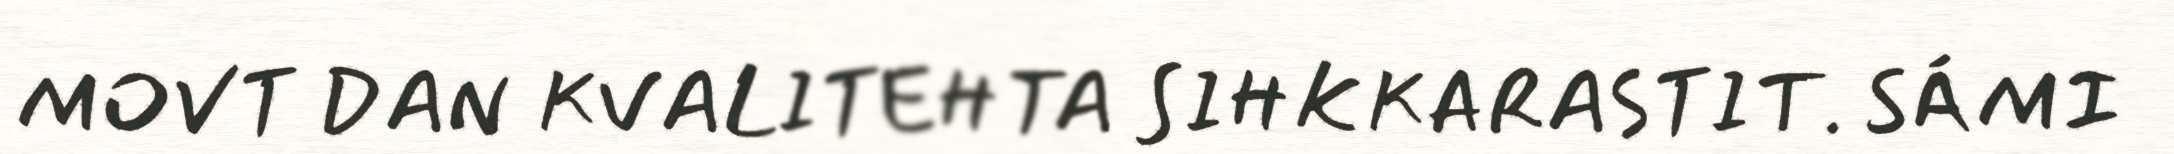
MOVT DAN KVALITEHTA SIHKKARASTIT. SÁMI